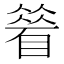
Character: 䁞